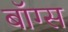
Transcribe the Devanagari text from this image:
बॉग्स